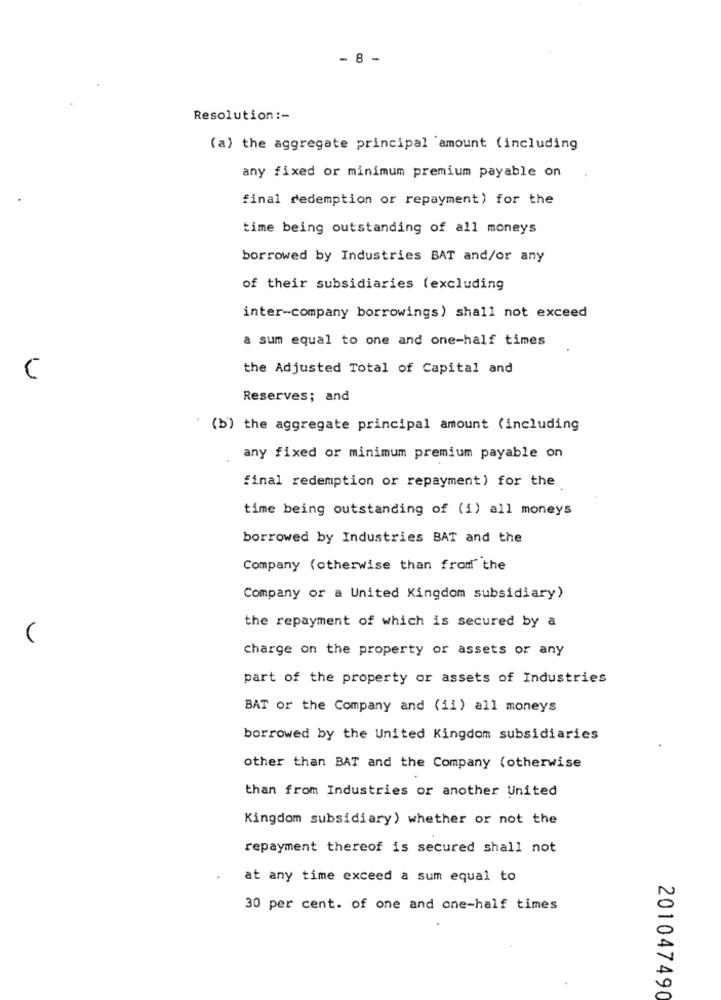
- 8 -
Resolution :-
(a) the aggregate principal amount (including
any fixed or minimum premium payable on
final redemption or repayment) for the
time being outstanding of all moneys
borrowed by Industries BAT and/or any
of their subsidiaries (excluding
inter-company borrowings) shall not exceed
a sum equal to one and one-half times
the Adjusted Total of Capital and
C
Reserves; and
(b) the aggregate principal amount (including
any fixed or minimum premium payable on
final redemption or repayment) for the
time being outstanding of (i) all moneys
borrowed by Industries BAT and the
Company (otherwise than from the
Company or a United Kingdom subsidiary)
the repayment of which is secured by a
(
charge on the property or assets or any
part of the property or assets of Industries
BAT or the Company and (ii) all moneys
borrowed by the United Kingdom subsidiaries
other than BAT and the Company (otherwise
than from Industries or another United
Kingdom subsidiary) whether or not the
repayment thereof is secured shall not
at any time exceed a sum equal to
30 per cent. of one and one-half times
201047490